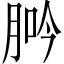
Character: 𦛽